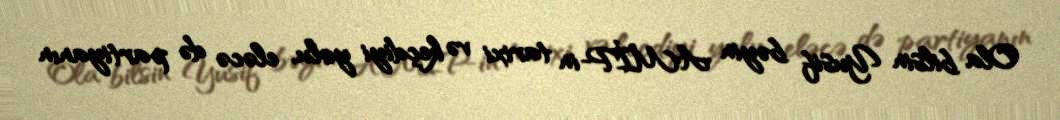
Ola bilsin Yusif bəyin AMİP-in tarixi və keçdiyi yolu, eləcə də partiyanın